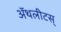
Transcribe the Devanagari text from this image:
ॲथलीटस्